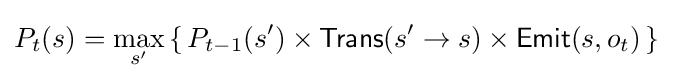
P_{t}(s)=\max _{s'}\left\{\,P_{t-1}(s')\times {\mathsf {Trans}}(s'\to s)\times {\mathsf {Emit}}(s,o_{t})\,\right\}